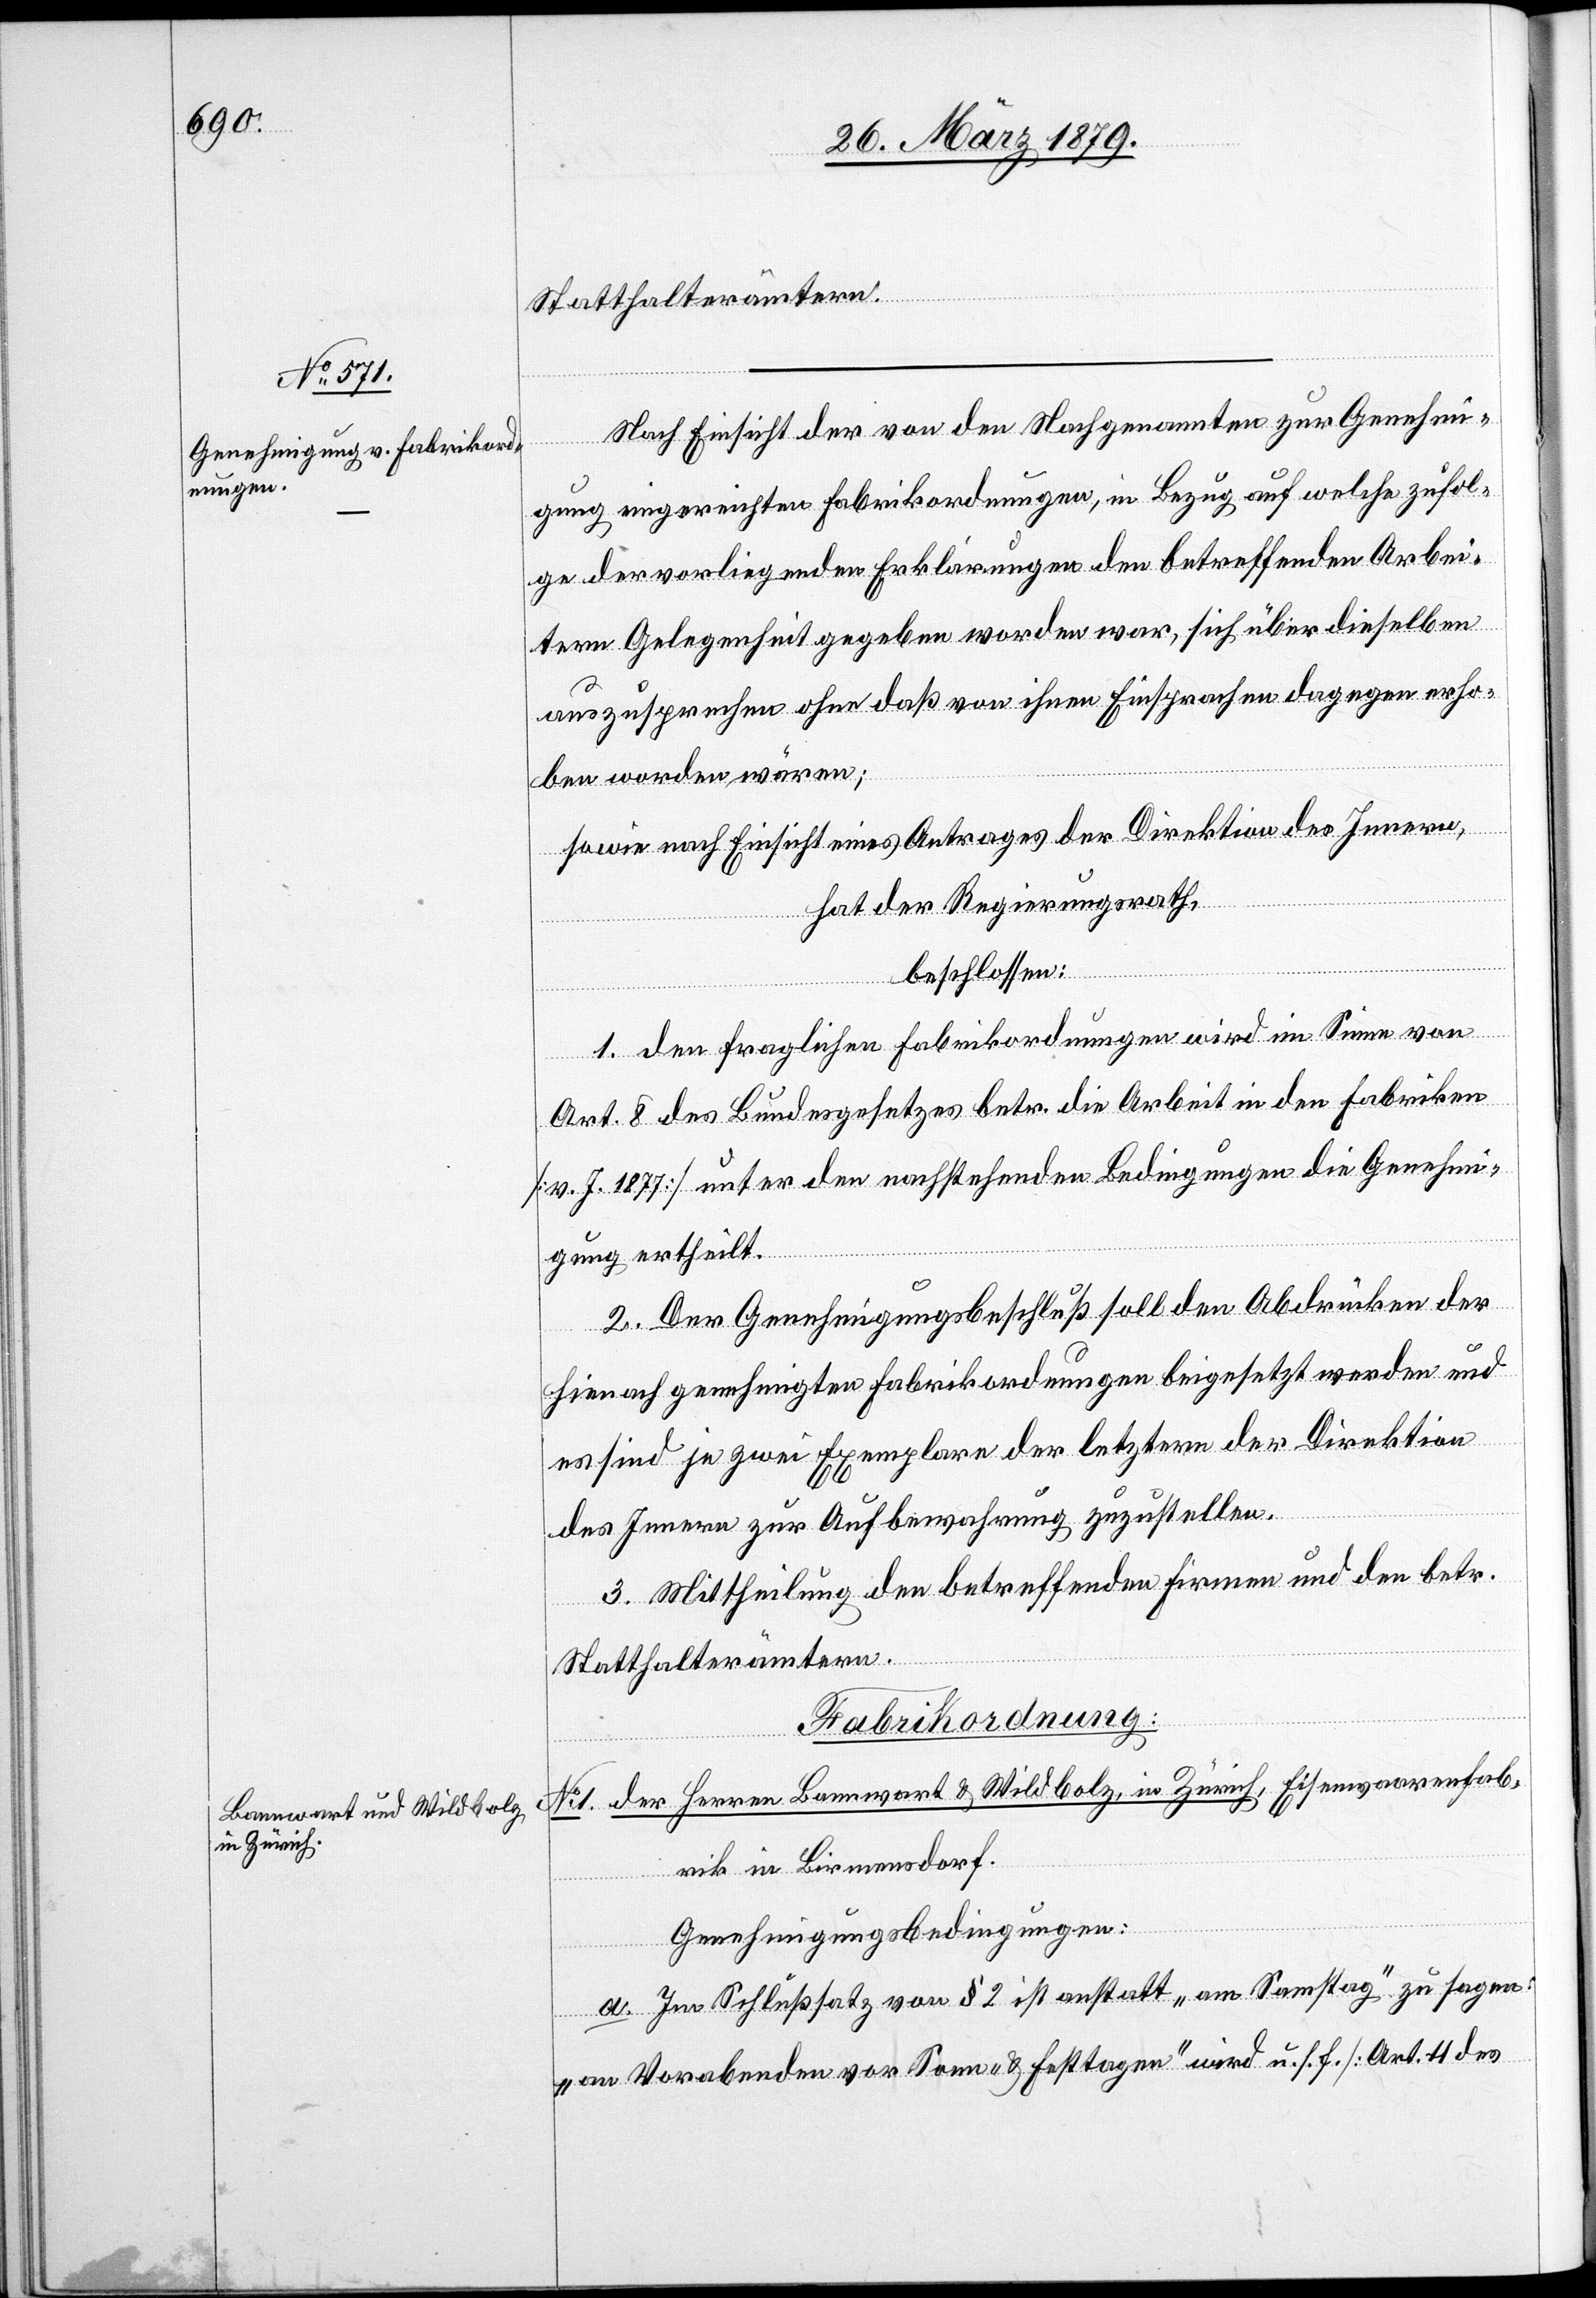
Statthalterämtern.
Nach Einsicht der von den Nachgenannten zur Genehmi¬
gung eingereichten Fabrikordnungen, in Bezug auf welche zufol¬
ge der vorliegenden Erklärungen den betreffenden Arbei¬
tern Gelegenheit gegeben worden war, sich über dieselben
auszusprechen ohne daß von ihnen Einsprache dagegen erho¬
ben worden wären,
sowie nach Einsicht eines Antrages der Direktion des Innern,
hat der Regierungsrath,
beschlossen:
1. Den fraglichen Fabrikordnungen wird im Sinne von
Art. 8 des Bundesgesetzes betr. die Arbeit in den Fabriken
[v. J. 1877] unter den nachstehenden Bedingungen die Genehmi¬
gung ertheilt.
2. Der Genehmigungsbeschluß soll den Abdrücken der
hienach genehmigten Fabrikordnungen beigesetzt werden und
es sind je zwei Exemplare der letztern der Direktion
des Innern zur Aufbewahrung zuzustellen.
3. Mittheilung den betreffenden Firmen und den betr.
No 1.
Statthalterämtern.
[Fabrikordnung.]
Herren Bannwart & Wildbolz, in Zürich, Eisenwaarenfab¬
der
tsetz¬
rik in Birmensdorf.
Genehmigungsbedingungen:
a. Im Schlußsatz von § 2 ist anstatt „am Samstag“ zu sagen:
„an Vorabenden vor Sonn- & Festtagen“ wird u. s. f. [Art. 4 des